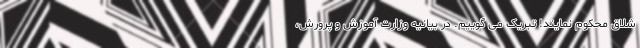
شلاق محکوم نمایند! تبریک می گوییم. در بیانیه وزارت آموزش و پرورش،